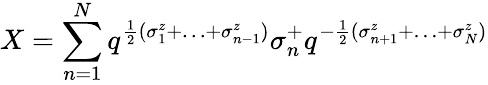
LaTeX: X=\sum_{n=1}^{N}q^{\frac 12(\sigma_{1}^{z}+\ldots+\sigma_{n-1}^{z})}\sigma_{n}^{+}q^{-\frac 12(\sigma_{n+1}^{z}+\ldots+\sigma_{N}^{z})}